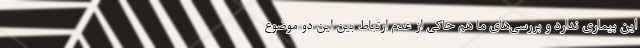
این بیماری ندارد و بررسی‌های ما هم حاکی از عدم ارتباط بین این دو موضوع